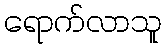
ရောက်လာသူ